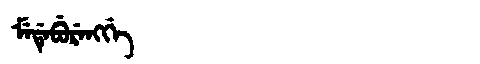
Manchu: ᠮᡝᡩᡝᠪᡠᡵᡝᠩᡤᡝ
Romanization: MEDEBURENGGE